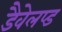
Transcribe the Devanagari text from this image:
डैवेलप्ड